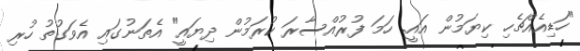
"ހަޑިއެއްޗެހި ކިޔަމުން އައީ. ހަމަ ފުރުއްސާރަ ކުރަމުން ދިޔައީ" އެތަނުގައި އެވަގުތު ހުރި